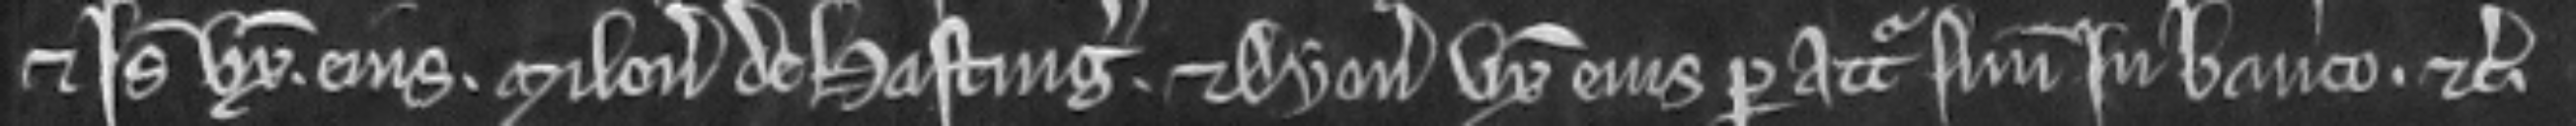
et Isabelle uxori. ejus. Miloni de Hasting. et Dyonisie uxori ejus per attornatum suum in banco. etc.